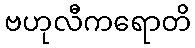
ဗဟုလီကရောတိ